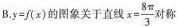
B. $$y=f(x)$$的图象关于直线$$x= \frac{8 \pi}{3}$$ 对称